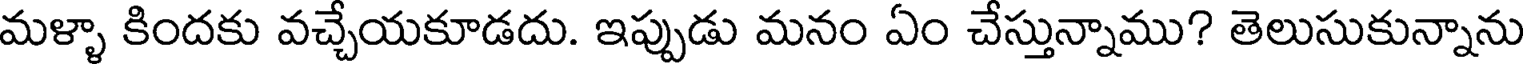
మళ్ళా కిందకు వచ్చేయకూడదు. ఇప్పుడు మనం ఏం చేస్తున్నాము? తెలుసుకున్నాను